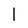
Character: 1